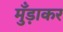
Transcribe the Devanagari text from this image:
मुँड़ाकर